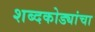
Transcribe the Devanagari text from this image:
शब्दकोड्यांचा